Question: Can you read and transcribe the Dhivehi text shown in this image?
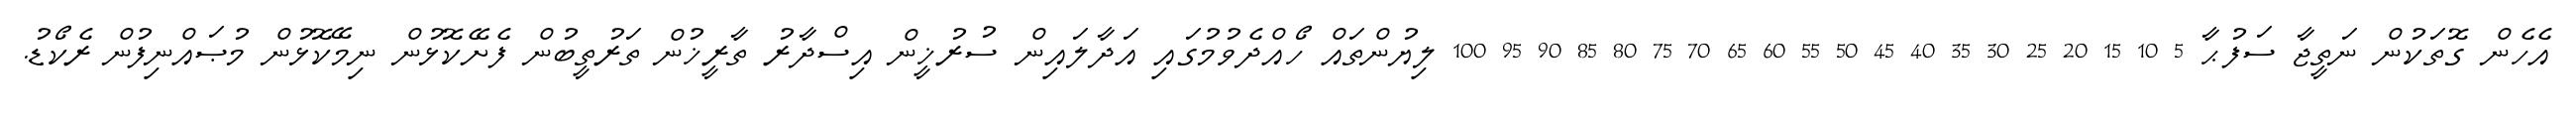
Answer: އެހެން ގޮތަކުން ނަތީޖާ ސަފުޙާ 5 10 15 20 25 30 35 40 45 50 55 60 65 70 75 80 85 90 95 100 ލިޔުންތައް ހޯއްދެވުމުގައި އަދާލައިން ސުރުޚީން އިސްދާރު ތާރީޚުން ތަރުތީބުން ފެށޭކޮޅުން ނިމޭކޮޅުން މުޞައްނިފުން ރެކޯޑު.